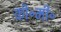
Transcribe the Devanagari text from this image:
की॰मी॰